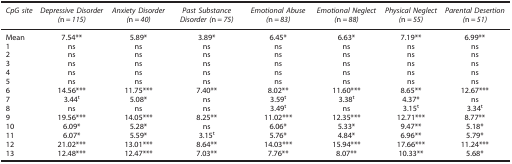
<table><thead><tr><td><b><i>CpG site</i></b></td><td><b><i>Depressive Disorder (</i>n<i>=115)</i></b></td><td><b><i>Anxiety Disorder (</i>n<i>=40)</i></b></td><td><b><i>Past Substance Disorder (</i>n<i>=75)</i></b></td><td><b><i>Emotional Abuse (</i>n<i>=83)</i></b></td><td><b><i>Emotional Neglect (</i>n<i>=88)</i></b></td><td><b><i>Physical Neglect (</i>n<i>=55)</i></b></td><td><b><i>Parental Desertion (</i>n<i>=51)</i></b></td></tr></thead><tbody><tr><td>Mean</td><td>7.54**</td><td>5.89*</td><td>3.89*</td><td>6.45*</td><td>6.63*</td><td>7.19**</td><td>6.99**</td></tr><tr><td>1</td><td>ns</td><td>ns</td><td>ns</td><td>ns</td><td>ns</td><td>ns</td><td>ns</td></tr><tr><td>2</td><td>ns</td><td>ns</td><td>ns</td><td>ns</td><td>ns</td><td>ns</td><td>ns</td></tr><tr><td>3</td><td>ns</td><td>ns</td><td>ns</td><td>ns</td><td>ns</td><td>ns</td><td>ns</td></tr><tr><td>4</td><td>ns</td><td>ns</td><td>ns</td><td>ns</td><td>ns</td><td>ns</td><td>ns</td></tr><tr><td>5</td><td>ns</td><td>ns</td><td>ns</td><td>ns</td><td>ns</td><td>ns</td><td>ns</td></tr><tr><td>6</td><td>14.56***</td><td>11.75***</td><td>7.40**</td><td>8.02**</td><td>11.60***</td><td>8.65**</td><td>12.67***</td></tr><tr><td>7</td><td>3.44<sup>t</sup></td><td>5.08*</td><td>ns</td><td>3.59<sup>t</sup></td><td>3.38<sup>t</sup></td><td>4.37*</td><td>ns</td></tr><tr><td>8</td><td>ns</td><td>ns</td><td>ns</td><td>3.49<sup>t</sup></td><td>ns</td><td>3.15<sup>t</sup></td><td>3.34<sup>t</sup></td></tr><tr><td>9</td><td>19.56***</td><td>14.05***</td><td>8.25**</td><td>11.02***</td><td>12.35***</td><td>12.71***</td><td>8.77**</td></tr><tr><td>10</td><td>6.09*</td><td>5.28*</td><td>ns</td><td>6.06*</td><td>5.33*</td><td>9.47**</td><td>5.18*</td></tr><tr><td>11</td><td>6.07*</td><td>5.59*</td><td>3.15<sup>t</sup></td><td>5.76*</td><td>4.84*</td><td>6.96**</td><td>5.79*</td></tr><tr><td>12</td><td>21.02***</td><td>13.01***</td><td>8.64**</td><td>14.03***</td><td>15.94***</td><td>17.66***</td><td>11.24***</td></tr><tr><td>13</td><td>12.48***</td><td>12.47***</td><td>7.03**</td><td>7.76**</td><td>8.07**</td><td>10.33**</td><td>5.68*</td></tr></tbody></table>